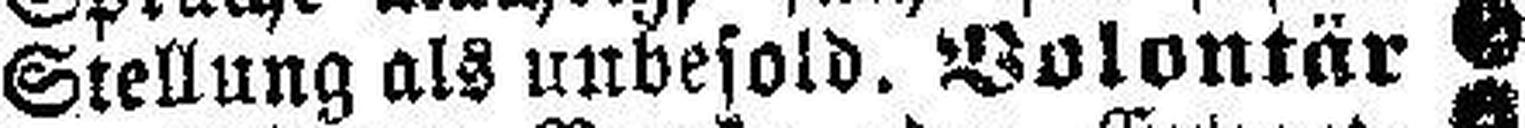
Stellung als unbesold. Volontär